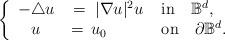
LaTeX: \begin{align*}\left\{\begin{array}{cll}- \triangle u & \; = \; | \nabla u|^2 u & \; \mathrm{in} \quad\mathbb{B}^d, \\u & \, = \, u_0 & \; \mathrm{on} \quad\partial \mathbb{B}^d.\end{array}\right.\end{align*}